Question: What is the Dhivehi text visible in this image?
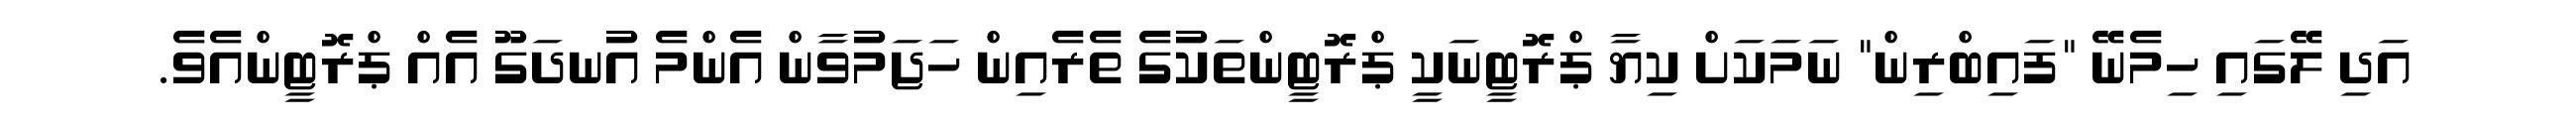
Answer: އަދި ލޭގައި ހިމެނޭ "ފައިބްރިން" ނަމަކަށް ކިޔާ ޕްރޮޓީނަކީ ޕްރޮޓީންތަކުގެ ތެރެއިން ހަޖަމުވާން އެންމެ އުނދަގޫ އެއް ޕްރޮޓީންއެވެ.